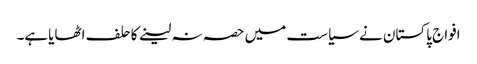
افواج پاکستان نے سیاست میں حصہ نہ لینے کاحلف اٹھایاہے۔